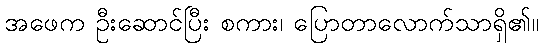
အဖေက ဦးဆောင်ပြီး စကား၊ ပြောတာလောက်သာရှိ၏။